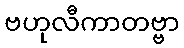
ဗဟုလီကာတဗ္ဗာ